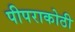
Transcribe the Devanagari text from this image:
पीपराकोठी